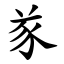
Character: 㒸